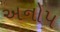
અનોપ